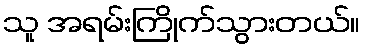
သူ အရမ်းကြိုက်သွားတယ်။